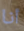
أنا